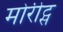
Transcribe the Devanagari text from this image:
मोरीट्स